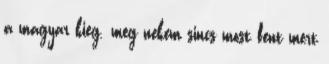
a magyar kieg. meg nekem sincs most fent mert